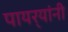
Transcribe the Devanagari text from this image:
पायर्‍यांनी